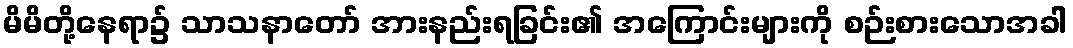
မိမိတို့နေရာ၌ သာသနာတော် အားနည်းရခြင်း၏ အကြောင်းများကို စဉ်းစားသောအခါ